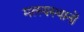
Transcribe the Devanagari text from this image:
मत्स्यस्थानों